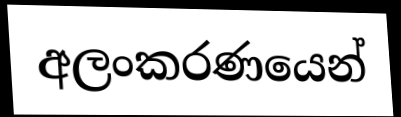
අලංකරණයෙන්